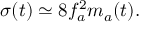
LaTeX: \sigma ( t ) \simeq 8 f _ { a } ^ { 2 } m _ { a } ( t ) .